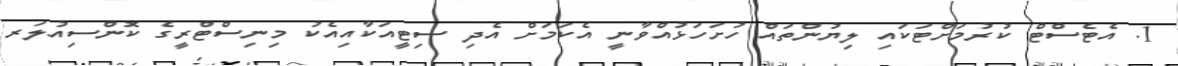
1. އެޓެސްޓް ކުރުމަށްޓަކައި ލިޔުންތައް ހުށަހަޅުއްވާނީ އެކަމަށް އެދި ސިޓީއަކާއިއެކު މިނިސްޓްރީގެ ކޮންސިއުލަރ